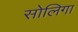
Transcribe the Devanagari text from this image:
सोलिगा